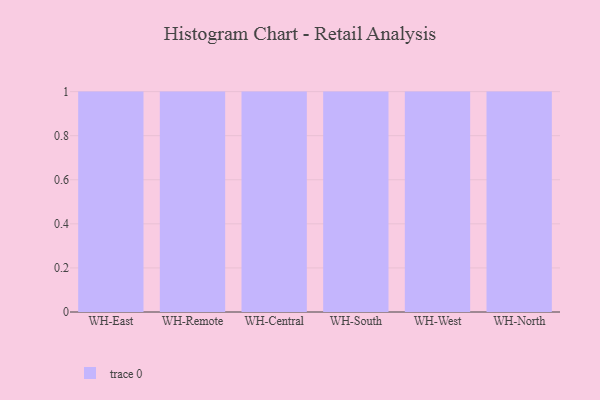
{"axis": {"x": "Warehouse", "y": "Conversion Rate (%)"}, "legend": [""], "data": [{"x": "WH-East", "y": 59, "type": ""}, {"x": "WH-Remote", "y": 45, "type": ""}, {"x": "WH-Central", "y": 26, "type": ""}, {"x": "WH-South", "y": 98, "type": ""}, {"x": "WH-West", "y": 47, "type": ""}, {"x": "WH-North", "y": 11, "type": ""}]}